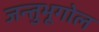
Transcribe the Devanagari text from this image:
जन्तुभूगोल